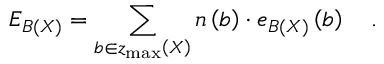
E _ { { \cal B } \left( X \right) } = \sum _ { b \in z _ { \operatorname * { m a x } } \left( X \right) } n \left( b \right) \cdot e _ { { \cal B } \left( X \right) } \left( b \right) \quad .